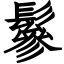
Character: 鬖